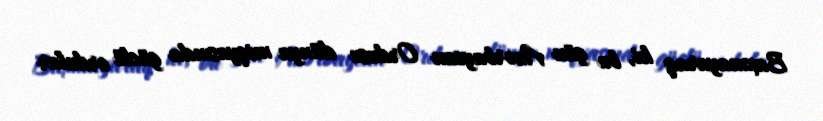
Baxmayaraq ki, bu gün Azərbaycan Ordusu dünya miqyasında güclü ordular